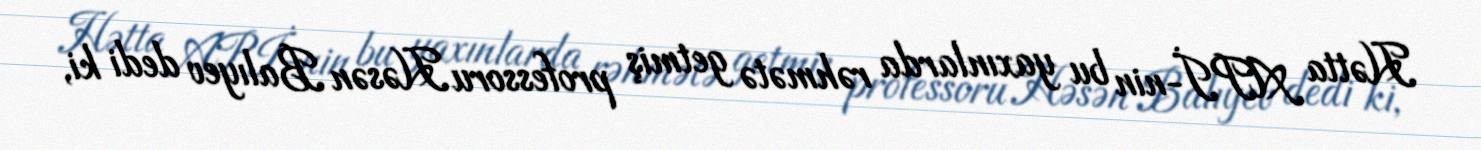
Hətta APİ-nin bu yaxınlarda rəhmətə getmiş professoru Həsən Balıyev dedi ki,